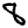
Digit: 8